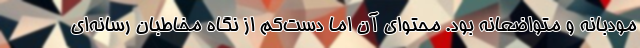
مودبانه و متواضعانه بود. محتوای آن اما دست‌کم از نگاه مخاطبان رسانه‌ای